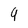
Character: 9